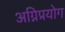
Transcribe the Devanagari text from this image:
अग्निप्रयोग